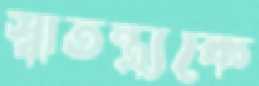
স্বাতন্ত্র্যকে